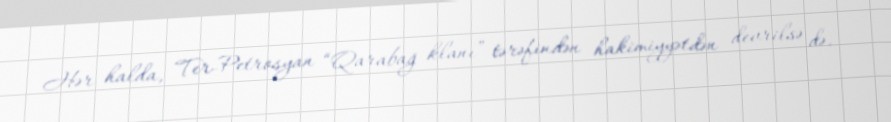
Hər halda, Ter-Petrosyan “Qarabağ klanı” tərəfindən hakimiyyətdən devrilsə də,